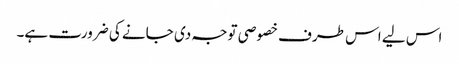
اس لیے اس طرف خصوصی توجہ دی جانے کی ضرورت ہے۔